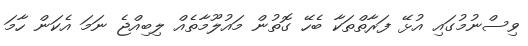
ވިސްނުމުގައި އުޅޭ ފަރާތްތަކާ ބެހޭ ގޮތުން މައުލޫމާތެއް ލިބިއްޖެ ނަމަ އެކަން ހާމަ